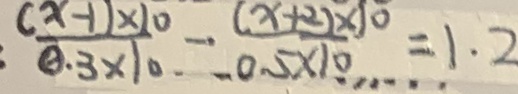
\frac { ( x - 1 ) \times 1 0 } { 0 . 3 \times 1 0 } - ( \frac { ( x + 2 ) \times 1 0 } { 0 . 5 \times 1 0 } = 1 . 2